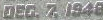
DEC. Z 1948